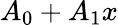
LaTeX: A_{0}+A_{1}x